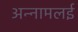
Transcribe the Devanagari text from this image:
अन्‍नामलई